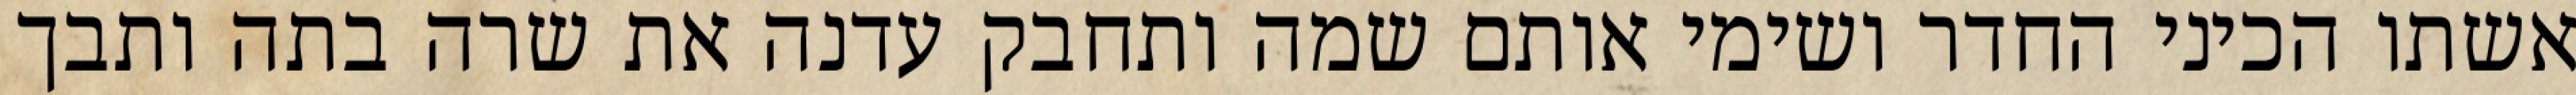
אשתו הכיני החדר ושימי אותם שמה ותחבק עדנה את שרה בתה ותבך